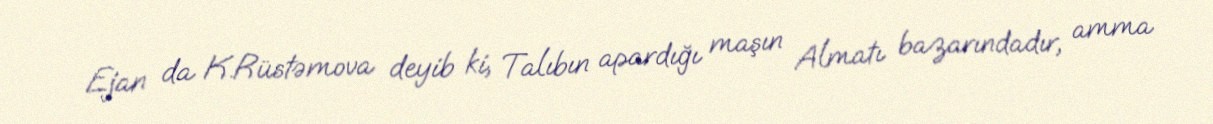
Ejan da K.Rüstəmova deyib ki, Talıbın apardığı maşın Almatı bazarındadır, amma